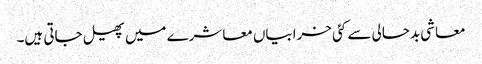
معاشی بدحالی سے کئی خرابیاں معاشرے میں پھیل جاتی ہیں۔